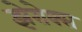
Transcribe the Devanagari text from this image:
झेरोक्स